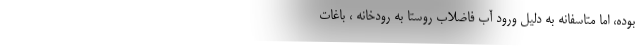
بوده، اما متاسفانه به دلیل ورود آب فاضلاب روستا به رودخانه ، باغات